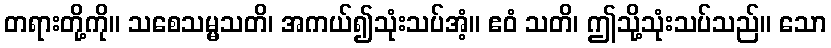
တရားတို့ကို။ သစေသမ္မသတိ၊ အကယ်၍သုံးသပ်အံ့။ ဧဝံ သတိ၊ ဤသို့သုံးသပ်သည်။ သော